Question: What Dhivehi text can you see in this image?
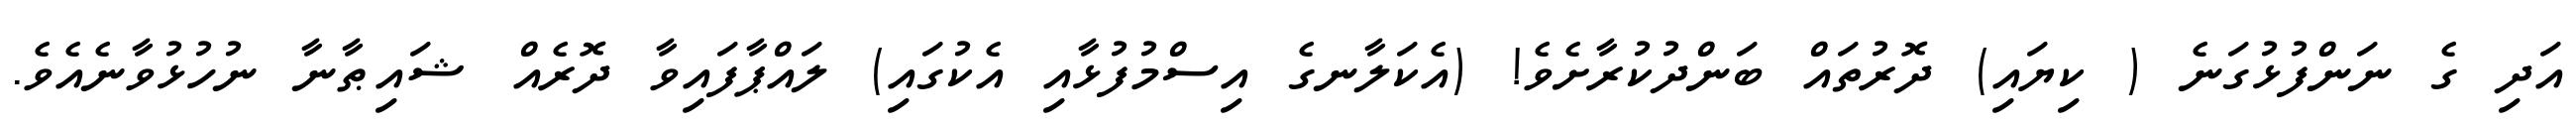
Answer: އަދި ގެ ނަންފުޅުގަނެ ( ކިޔައި) ދޮރުތައް ބަންދުކުރާށެވެ! (އެކަލާނގެ އިސްމުފުޅާއި އެކުގައި) ލައްޕާފައިވާ ދޮރެއް ޝައިޠާނާ ނުހުޅުވާނެއެވެ.